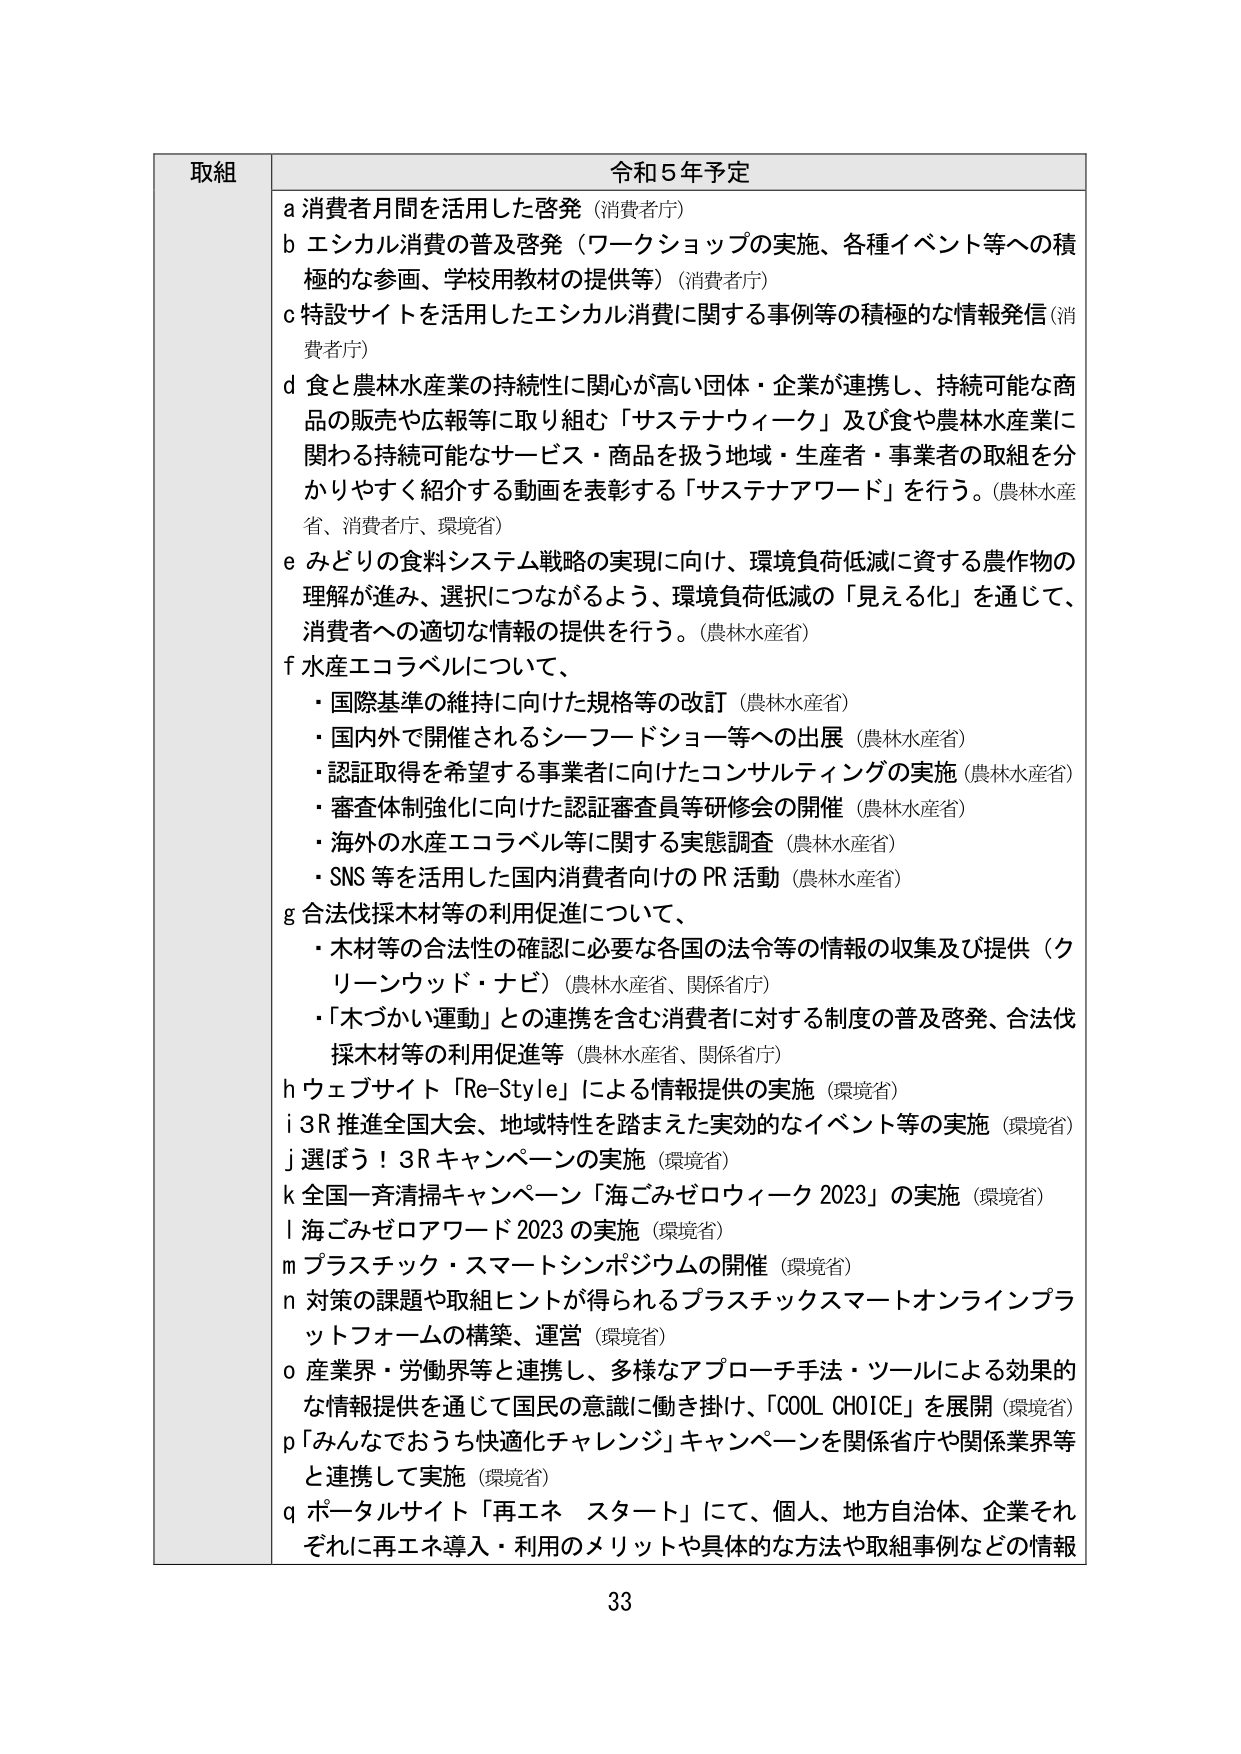
取組 令和5年予定
a 消費者月間を活用した啓発（消費者庁）
b エシカル消費の普及啓発（ワークショップの実施、各種イベント等への積極的な参画、学校用教材の提供等）（消費者庁）
c 特設サイトを活用したエシカル消費に関する事例等の積極的な情報発信（消費者庁）
d 食と農林水産業の持続性に関心が高い団体・企業が連携し、持続可能な商品の販売や広報等に取り組む「サステナウィーク」及び食や農林水産業に関わる持続可能なサービス・商品を扱う地域・生産者・事業者の取組を分かりやすく紹介する動画を表彰する「サステナアワード」を行う。（農林水産省、消費者庁、環境省）
e みどりの食料システム戦略の実現に向け、環境負荷低減に資する農作物の理解が進み、選択につながるよう、環境負荷低減の「見える化」を通じて、消費者への適切な情報の提供を行う。（農林水産省）
f 水産エコラベルについて、
・国際基準の維持に向けた規格等の改訂（農林水産省）
・国内外で開催されるシーフードショー等への出展（農林水産省）
・認証取得を希望する事業者に向けたコンサルティングの実施（農林水産省）
・審査体制強化に向けた認証審査員等研修会の開催（農林水産省）
・海外の水産エコラベル等に関する実態調査（農林水産省）
・SNS等を活用した国内消費者向けのPR活動（農林水産省）
g 合法伐採木材等の利用促進について、
・木材等の合法性の確認に必要な各国の法令等の情報の収集及び提供（クリーンウッド・ナビ）（農林水産省、関係省庁）
・「木づかい運動」との連携を含む消費者に対する制度の普及啓発、合法伐採木材等の利用促進等（農林水産省、関係省庁）
h ウェブサイト「Re-Style」による情報提供の実施（環境省）
i 3R推進全国大会、地域特性を踏まえた実効的なイベント等の実施（環境省）
j 選ぼう！3Rキャンペーンの実施（環境省）
k 全国一斉清掃キャンペーン「海ごみゼロウィーク2023」の実施（環境省）
l 海ごみゼロアワード2023の実施（環境省）
m プラスチック・スマートシンポジウムの開催（環境省）
n 対策の課題や取組ヒントが得られるプラスチックスマートオンラインプラットフォームの構築、運営（環境省）
o 産業界・労働界等と連携し、多様なアプローチ手法・ツールによる効果的な情報提供を通じて国民の意識に働き掛け、「COOL CHOICE」を展開（環境省）
p 「みんなでおうち快適化チャレンジ」キャンペーンを関係省庁や関係業界等と連携して実施（環境省）
q ポータルサイト「再エネ スタート」にて、個人、地方自治体、企業それぞれに再エネ導入・利用のメリットや具体的な方法や取組事例などの情報

33